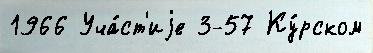
1966 Уча́ст'иjе 3-57 Ку́рском